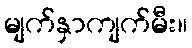
မျက်နှာကျက်မီး။